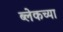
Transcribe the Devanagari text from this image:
ब्लेकच्या